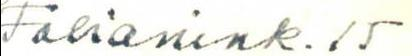
Fabianink. 15